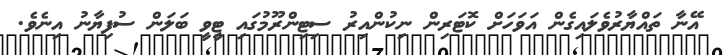
އޭނާ ތައްޔާރުވެލައިގެން އަވަހަށް ކޮޓަރިން ނިކުންއިރު ސިޓިންރޫމުގައި ޓީވީ ބަލަން ސުފިޔާނު އިނެވެ.